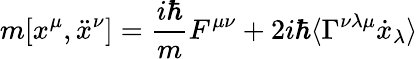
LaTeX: m[x^{\mu},\ddot{x}^{\nu}]={\frac{i\hbar}{m}}F^{\mu\nu}+2i\hbar\langle\Gamma^{\nu\lambda\mu}\dot{x}_{\lambda}\rangle